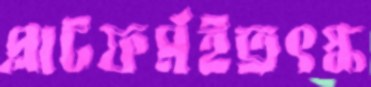
প্লাটফর্মইত্রৎস্ক